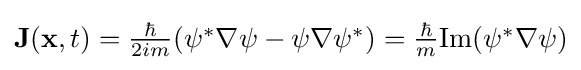
{\textstyle \mathbf {J} (\mathbf {x} ,t)={\frac {\hbar }{2im}}(\psi ^{*}\nabla \psi -\psi \nabla \psi ^{*})={\frac {\hbar }{m}}{\text{Im}}(\psi ^{*}\nabla \psi )}